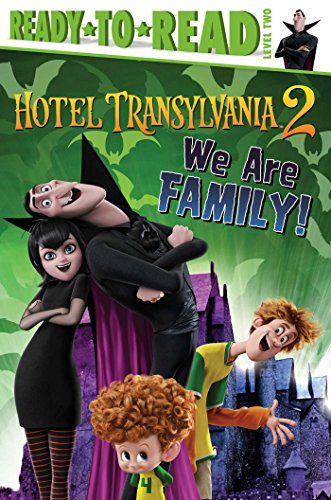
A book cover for We Are Family! (Hotel Transylvania 2); Children's Books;